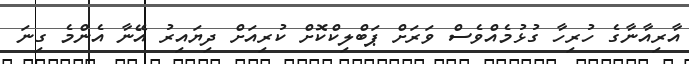
އާރިއާނާގެ ހުރިހާ ގުޅުމެއްވެސް ވަރަށް ޕަބްލިކްކޮށް ކުރިއަށް ދިޔައިރު އޭނާ އެންމެ ގިނަ